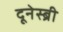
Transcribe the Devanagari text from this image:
दूनेस्ब्री